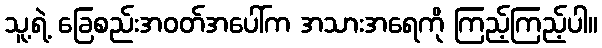
သူ့ရဲ့ ခြေစည်းအဝတ်အပေါ်က အသားအရေကို ကြည့်ကြည့်ပါ။